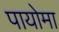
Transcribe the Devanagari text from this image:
पायोमा